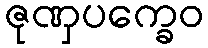
ဇုဏှပက္ခေဝ